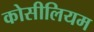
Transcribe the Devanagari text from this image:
कोसीलियम